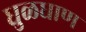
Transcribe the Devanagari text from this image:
धुळधाण